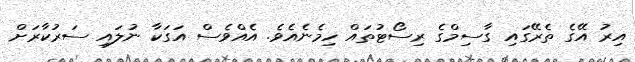
އިރު އޭގެ ތެރޭގައި ގާސިމްގެ ރިސޯޓުތައް ހިމެނެއެވެ. އެއްވެސް އަގަކާ ނުލައި ސަރުކާރަށް